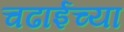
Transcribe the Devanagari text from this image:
चढाईच्या